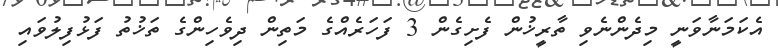
އެކަމަނާވަނީ މިދެންނެވި ތާރީޚުން ފެށިގެން 3 ފަހަރެއްގެ މަތިން ދިވެހިންގެ ތަޚުތު ފަޅުފިލުވައި